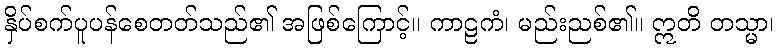
နှိပ်စက်ပူပန်စေတတ်သည်၏ အဖြစ်ကြောင့်။ ကာဠကံ၊ မည်းညစ်၏။ ဣတိ တသ္မာ၊